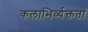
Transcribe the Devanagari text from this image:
कलाभिर्व्यक्ततां